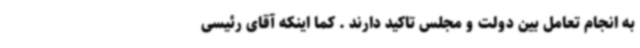
به انجام تعامل بین دولت و مجلس تاکید دارند ‌. کما اینکه آقای رئیسی